Regulations for the medical services of the Army of India
Year: 1930
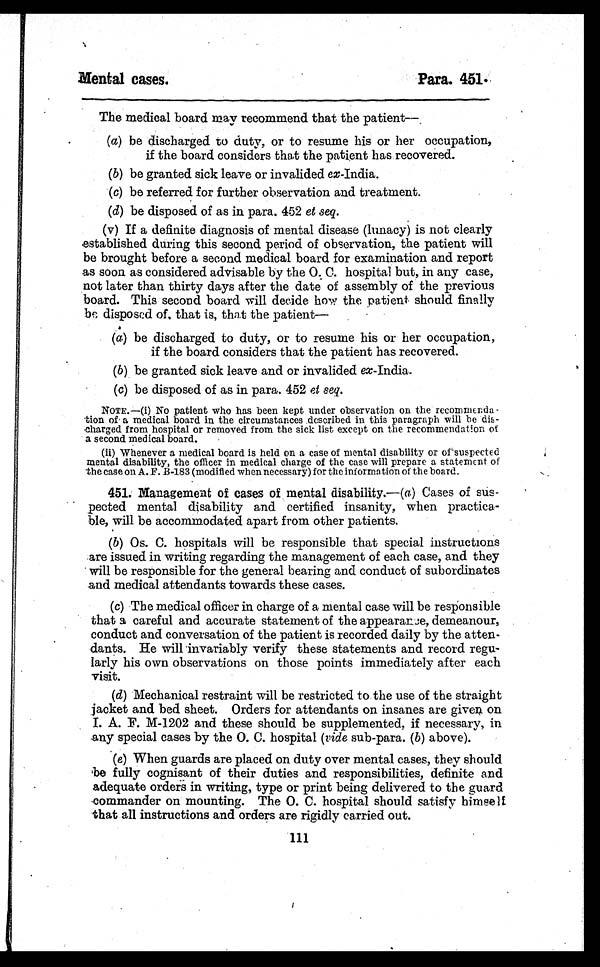
Mental cases.
Para. 451.
The medical board may recommend that the patient
—
(a) be discharged to duty, or to resume his or her occupation,
if the board considers that the patient has recovered.
(b) be granted sick leave or invalided ex-India.
(c) be referred for further observation and treatment.
(d) be disposed of as in para. 452 et seq.
( v) If a definite diagnosis of mental disease (lunacy) is not clearly
established during this second period of observation, the patient will
be brought before a second medical board for examination and report
as soon as considered advisable by the O. C. hospital but, in any case,
not later than thirty days after the date of assembly of the previous
board. This second board will decide how the patient should finally
be disposed of, that is, that the patient—
(a) be discharged to duty, or to resume his or her occupation,
if the board considers that the patient has recovered.
(b) be granted sick leave and or invalided ex-India.
(c) be disposed of as in para. 452 et seq.
NOTE.—(i) No patient who has been kept under observation on the recommenda-
tion of a medical board in the circumstances described in this paragraph will be dis-
charged from hospital or removed from the sick list except on the recommendation of
a second medical board.
(ii) Whenever a medical board is held on a case of mental disability or of suspected
mental disability, the officer in medical charge of the case will prepare a statement of
the case on A. F. B-183 (modified when necessary) for the information of the board.
451. Management of cases of mental disability.—( a) Cases of
suspected mental disability and certified insanity, when practica-
ble, will be accommodated apart from other patients.
(b) Os. C. hospitals will be responsible that special instructions
are issued in writing regarding the management of each case, and they
will be responsible for the general bearing and conduct of subordinates
and medical attendants towards these cases.
(c) The medical officer in charge of a mental case will be responsible
that a careful and accurate statement of the appearance, demeanour,
conduct and conversation of the patient is recorded daily by the atten-
dants. He will invariably verify these statements and record regu-
larly his own observations on those points immediately after each
visit.
(d) Mechanical restraint will be restricted to the use of the straight
jacket and bed sheet. Orders for attendants on insanes are given on
I. A. F. M-1202 and these should be supplemented, if necessary, in
any special cases by the O. C. hospital ( vide sub-para. ( b) above).
(e) When guards are placed on duty over mental cases, they should
be fully cognisant of their duties and responsibilities, definite and
adequate orders in writing, type or print being delivered to the guard
commander on mounting. The O. C. hospital should satisfy himself
that all instructions and orders are rigidly carried out.
111